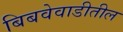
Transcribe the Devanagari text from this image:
बिबवेवाडीतील